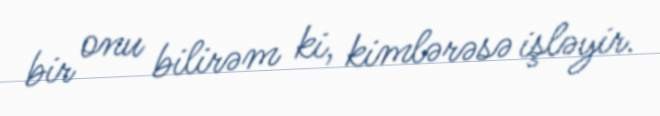
bir onu bilirəm ki, kimlərəsə işləyir.